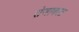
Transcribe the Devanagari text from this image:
रोजाकात